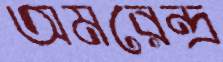
অমরেন্দ্র